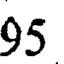
95